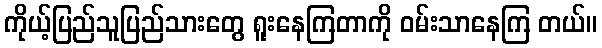
ကိုယ့်ပြည်သူပြည်သားတွေ ရူးနေကြတာကို ဝမ်းသာနေကြ တယ်။